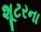
શૂટરના